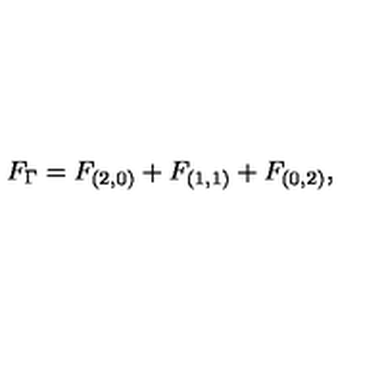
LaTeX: F _ { \Gamma } = F _ { ( 2 , 0 ) } + F _ { ( 1 , 1 ) } + F _ { ( 0 , 2 ) } ,